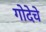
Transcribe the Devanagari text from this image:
गोदेचे